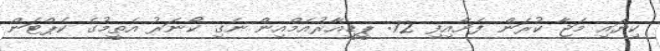
ކިޔައި މަޖާ ކުރަން ފަށާއިފި 72: ޕީޑީއާރުއެމްއިން ނެގި ކޯނަރު އެތީމުގެ ކެޕްޓަން